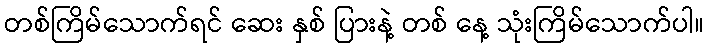
တစ်ကြိမ်သောက်ရင် ဆေး နှစ် ပြားနဲ့ တစ် နေ့ သုံးကြိမ်သောက်ပါ။